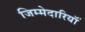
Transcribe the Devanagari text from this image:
जिम्मेदारियॉं